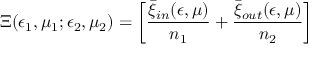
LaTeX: \Xi ( \epsilon _ { 1 } , \mu _ { 1 } ; \epsilon _ { 2 } , \mu _ { 2 } ) = \left[ { \frac { \bar { \xi } _ { \small i n } ( \epsilon , \mu ) } { n _ { 1 } } } + { \frac { \bar { \xi } _ { \small o u t } ( \epsilon , \mu ) } { n _ { 2 } } } \right]